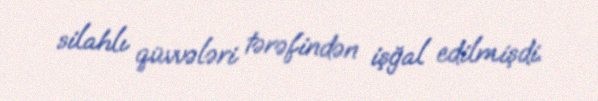
silahlı qüvvələri tərəfindən işğal edilmişdi.